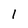
Character: 1